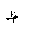
Letter: _za